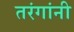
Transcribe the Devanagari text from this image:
तरंगांनी